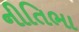
નીતિભા